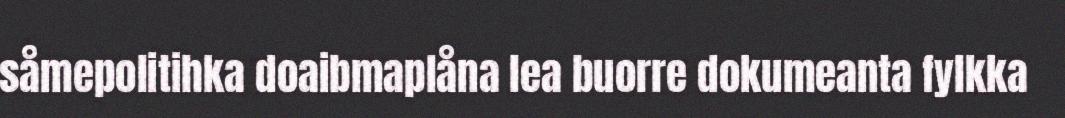
såmepolitihka doaibmaplåna lea buorre dokumeanta fylkka